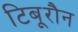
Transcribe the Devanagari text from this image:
टिबूरौन